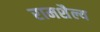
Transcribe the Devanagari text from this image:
रामशैल्य